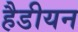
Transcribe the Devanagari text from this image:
हैडीयन